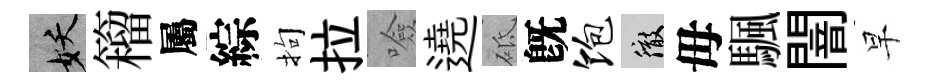
妖籕屬綜拘拉噞遶砥旣饱徹毋颿闇早